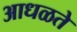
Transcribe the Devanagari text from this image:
आधळते